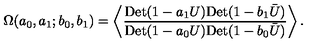
\Omega ( a _ { 0 } , a _ { 1 } ; b _ { 0 } , b _ { 1 } ) = \left\langle { \frac { \mathrm { D e t } ( 1 - a _ { 1 } U ) \mathrm { D e t } ( 1 - b _ { 1 } \bar { U } ) } { \mathrm { D e t } ( 1 - a _ { 0 } U ) \mathrm { D e t } ( 1 - b _ { 0 } \bar { U } ) } } \right\rangle .